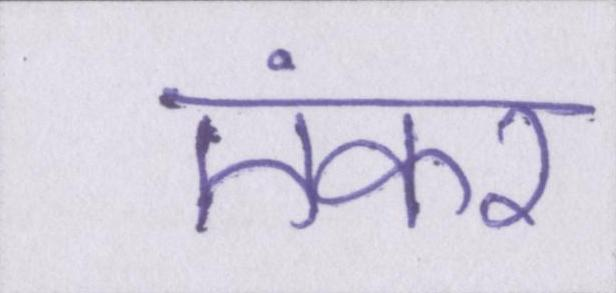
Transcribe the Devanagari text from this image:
एंकर